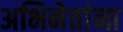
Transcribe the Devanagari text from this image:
अभिनेतांना